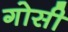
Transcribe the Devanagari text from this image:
गोसी